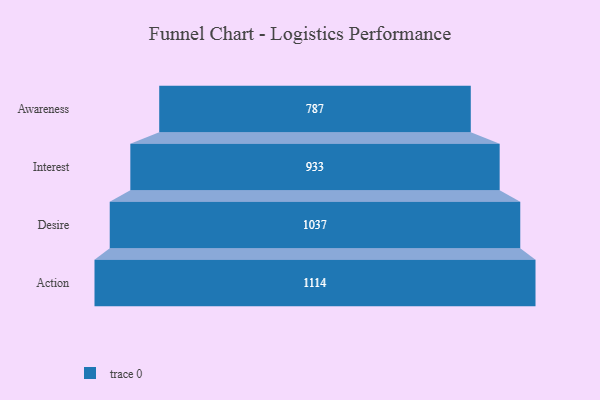
{"axis": {"x": "Stage", "y": "Value"}, "legend": [""], "data": [{"x": "Awareness", "y": 787.0, "type": ""}, {"x": "Interest", "y": 933.0, "type": ""}, {"x": "Desire", "y": 1037.0, "type": ""}, {"x": "Action", "y": 1114.0, "type": ""}]}